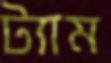
ট্যাম